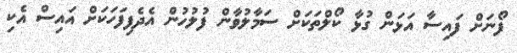
ފޯނަށް ފައިސާ އަޅަން ގުޅާ ކޯލްތަކަށް ސަމާލުވާން ފުލުހުން އެދެފިފަހަކަށް އައިސް އެކި